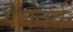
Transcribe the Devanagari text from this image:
पैचवर्क